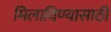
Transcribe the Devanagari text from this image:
मिलाविण्यासाठी